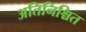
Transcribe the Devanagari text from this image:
अतिनिश्चित